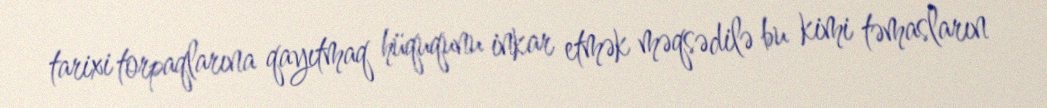
tarixi torpaqlarına qayıtmaq hüququnu inkar etmək məqsədilə bu kimi təmasların